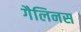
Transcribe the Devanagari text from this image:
गैलिनस